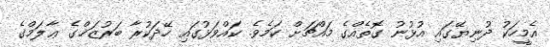
އެމީހަކު ދުނިޔޭގައި އުޅުނު ގޮތެއްގެ މައްޗަށް ކަމެވެ. ކައްވަޅުގައި ހޭދަކުރާ ބަރުޒަޚްގެ ޢާލަމްގެ